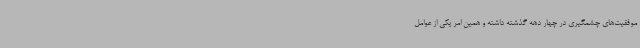
موفقیت‌های چشمگیری در چهار دهه گذشته داشته و همین امر یکی از عوامل